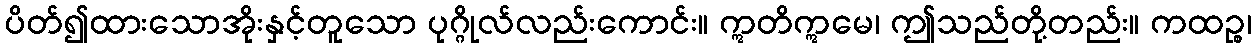
ပိတ်၍ထားသောအိုးနှင့်တူသော ပုဂ္ဂိုလ်လည်းကောင်း။ ဣတိဣမေ၊ ဤသည်တို့တည်း။ ကထဉ္စ၊